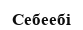
Себеебі